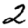
Digit: 2